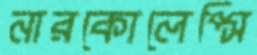
নারকোলেপ্সি